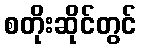
စတိုးဆိုင်တွင်